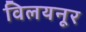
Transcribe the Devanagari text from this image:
विलयनूर